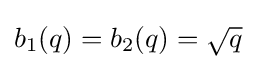
b_{1}(q)=b_{2}(q)={\sqrt {q}}